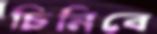
চিনিবে